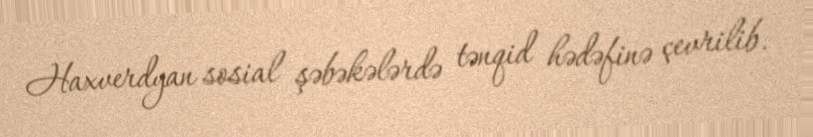
Haxverdyan sosial şəbəkələrdə tənqid hədəfinə çevrilib.